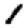
Digit: 1